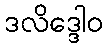
ဒလိဒ္ဒေါဝ